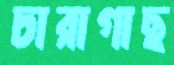
চারাগাছ